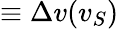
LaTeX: \equiv\Delta v(v_{S})